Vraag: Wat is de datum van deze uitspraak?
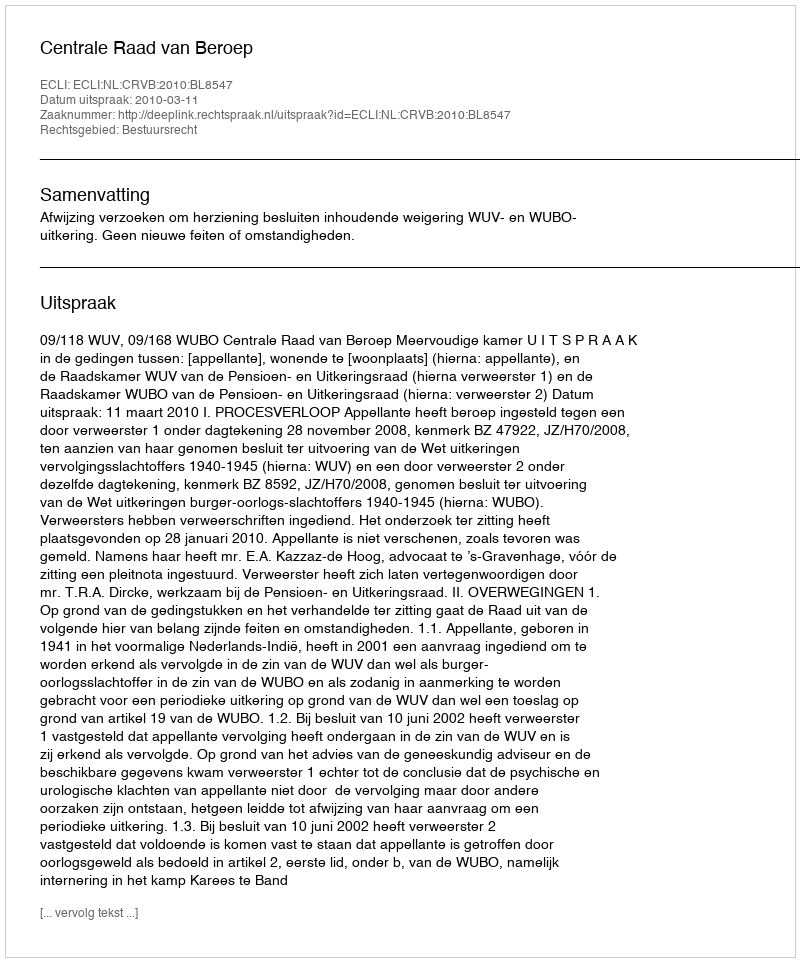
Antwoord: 2010-03-11